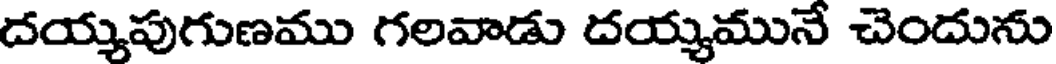
దయ్యపుగుణము గలవాడు దయ్యమునే చెందును